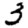
Digit: 3